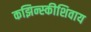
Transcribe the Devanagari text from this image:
कझिन्स्कीशिवाय